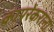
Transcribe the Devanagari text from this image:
कापरेकरांना